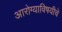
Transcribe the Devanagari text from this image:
आरोग्याविषयीचे